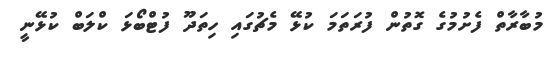
މުބާރާތް ފެށުމުގެ ގޮތުން ފުރަތަމަ ކުޅޭ މެޗުގައި ހިތަދޫ ފުޓްބޯޅަ ކްލަބް ކުޅޭނީ